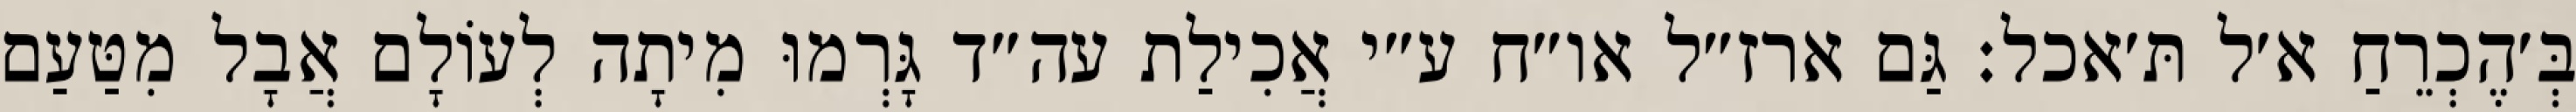
בְּ׳הֶכְרֵחַ א׳ל תּ׳אכל: גַּם ארז״ל או״ח ע״י אֲכִילַת עה״ד גָּרְמוּ מִיתָה לְעוֹלָם אֲבָל מִטַּעַם